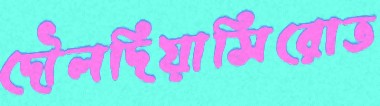
দৌলদিয়াসিরোত